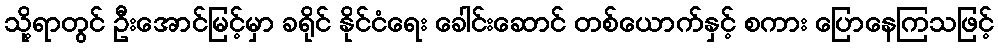
သို့ရာတွင် ဦးအောင်မြင့်မှာ ခရိုင် နိုင်ငံရေး ခေါင်းဆောင် တစ်ယောက်နှင့် စကား ပြောနေကြသဖြင့်